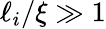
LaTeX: \ell_{i}/\xi\gg 1